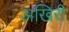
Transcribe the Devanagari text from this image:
अखिरी